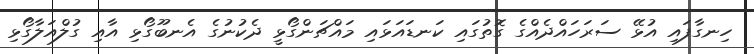
ހިނގާފައި އުޅޭ ސަރަހައްދެއްގެ ގޮތުގައި ކަނޑައަޅައި މައްޗަންގޯޅީ ދެކުނުގެ އެނބޫގޯޅި އާއި ގުލްއަލާގޯޅި